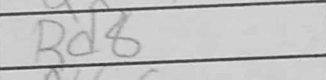
Transcription: Rd8